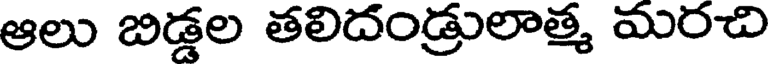
ఆలు బిడ్డల తలిదండ్రులాత్మ మరచి